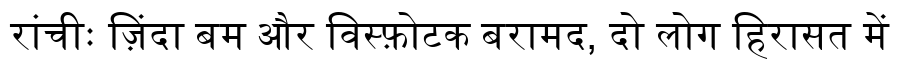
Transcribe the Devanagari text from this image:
रांचीः ज़िंदा बम और विस्फ़ोटक बरामद, दो लोग हिरासत में